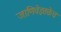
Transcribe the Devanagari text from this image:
जाणिवेइतकेच